Report on malaria in the Punjab during the year ...  together with an account of the work of the Punjab Malaria Bureau - Volume 4
Disease focus: Malaria
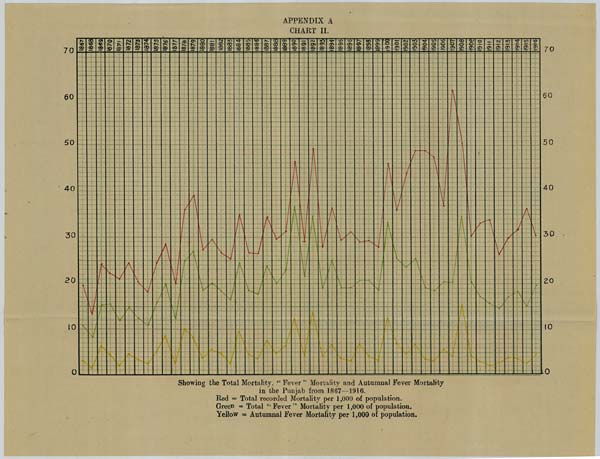
APPENDIX A
CHART II.
Showing the Total Mortality, "Fever" Mortality and Autumnal Fever Mortality
in the Punjab from 1867—1916.
Red = Total recorded Mortality per 1,000 of population.
Green = Total "Fever" Mortality per 1,000 of population.
Yellow = Autumnal Fever Mortality per 1,000 of population.